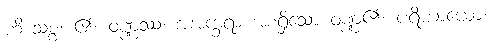
ဟိ သစ္စံ၊ ၏။ ဝဏ္ဏဿ၊ အအက္ခရာ အစရှိသော ဝဏ္ဏ၏။ ပရိယာယော၊